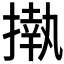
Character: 𢴇